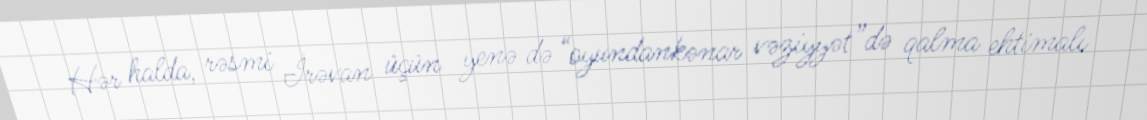
Hər halda, rəsmi İrəvan üçün yenə də “oyundankənar vəziyyət”də qalma ehtimalı